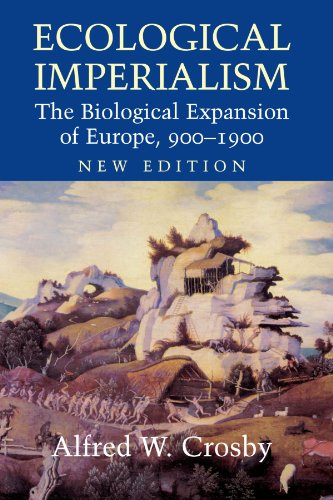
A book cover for Ecological Imperialism: The Biological Expansion of Europe, 900-1900 (Studies in Environment and History); Alfred W. Crosby; Politics & Social Sciences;